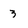
Character: 3